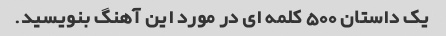
یک داستان 500 کلمه ای در مورد این آهنگ بنویسید.